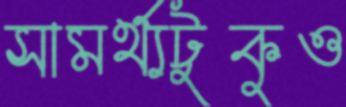
সামর্থ্যটুকুও